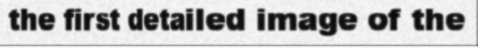
the first detailed image of the